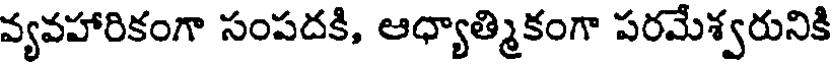
వ్యవహారికంగా సంపదకి, ఆధ్యాత్మికంగా పరమేశ్వరునికి